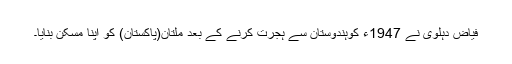
فیاض دہلوی نے 1947ء کوہندوستان سے ہجرت کرنے کے بعد ملتان(پاکستان) کو اپنا مسکن بنایا۔